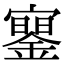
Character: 䥌